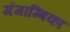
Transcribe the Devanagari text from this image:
गंगाम्बिका